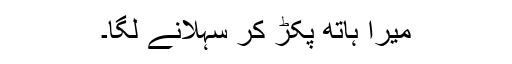
میرا ہاتھ پکڑ کر سہلانے لگا۔